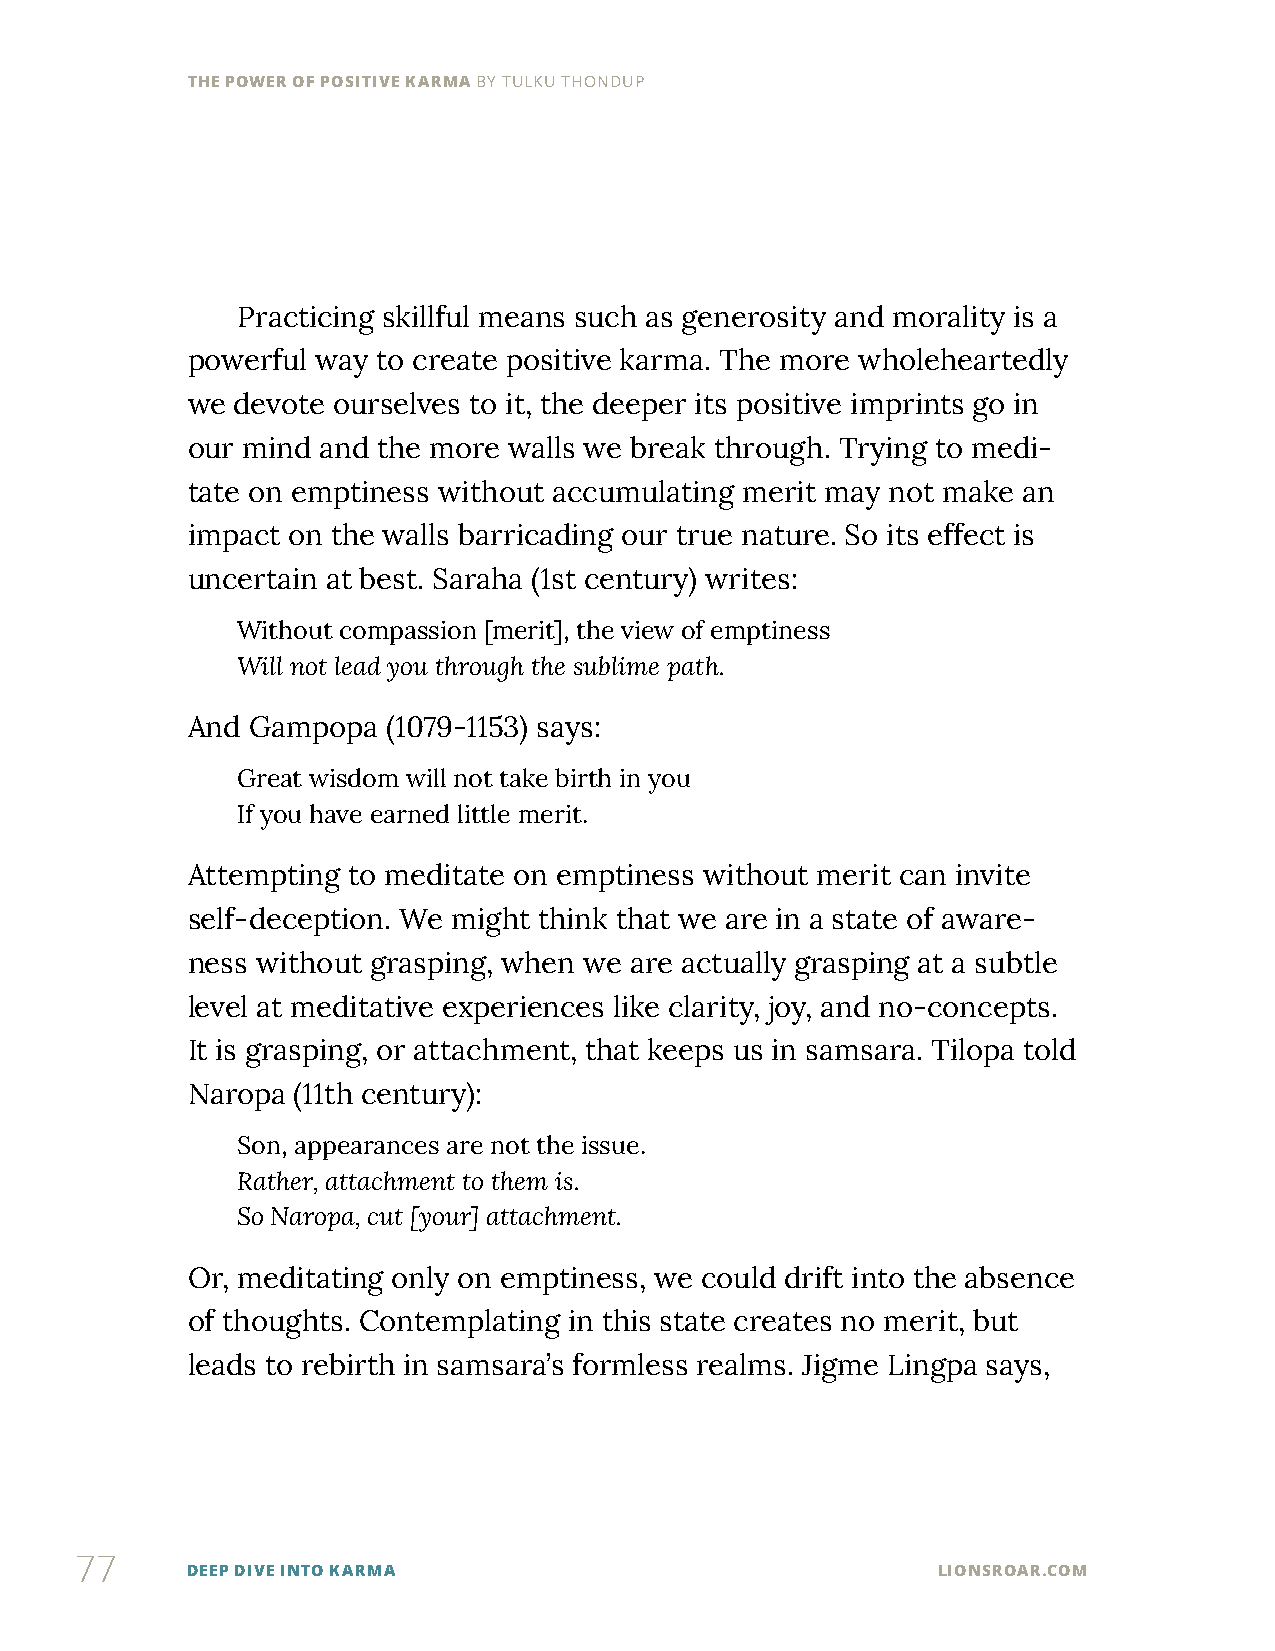
THE POWER OF POSITIVE KARMA BY TULKU THONDUP
 Practicing skillful means such as generosity and morality is a
 powerful way to create positive karma. The more wholeheartedly
 we devote ourselves to it, the deeper its positive imprints go in
 our mind and the more walls we break through. Trying to medi-
 tate on emptiness without accumulating merit may not make an
 impact on the walls barricading our true nature. So its effect is
 uncertain at best. Saraha (1st century) writes:
 Without compassion [merit], the view of emptiness
 Will not lead you through the sublime path.
 And Gampopa   (1079-1153) says:
 Great wisdom will not take birth in you
 If you have earned little merit.
 Attempting to meditate on emptiness without merit can invite
 self-deception. We might think that we are in a state of aware-
 ness without grasping, when we are actually grasping at a subtle
 level at meditative experiences like clarity, joy, and no-concepts.
 It is grasping, or attachment, that keeps us in samsara. Tilopa told
 Naropa (11th century):
 Son, appearances are not the issue.
 Rather, attachment to them is.
 So Naropa, cut [your] attachment.
 Or, meditating only on emptiness, we could drift into the absence
 of thoughts. Contemplating in this state creates no merit, but
 leads to rebirth in samsara’s formless realms. Jigme Lingpa says,
 77
 DEEP DIVE INTO KARMA                              LIONSROAR.COM